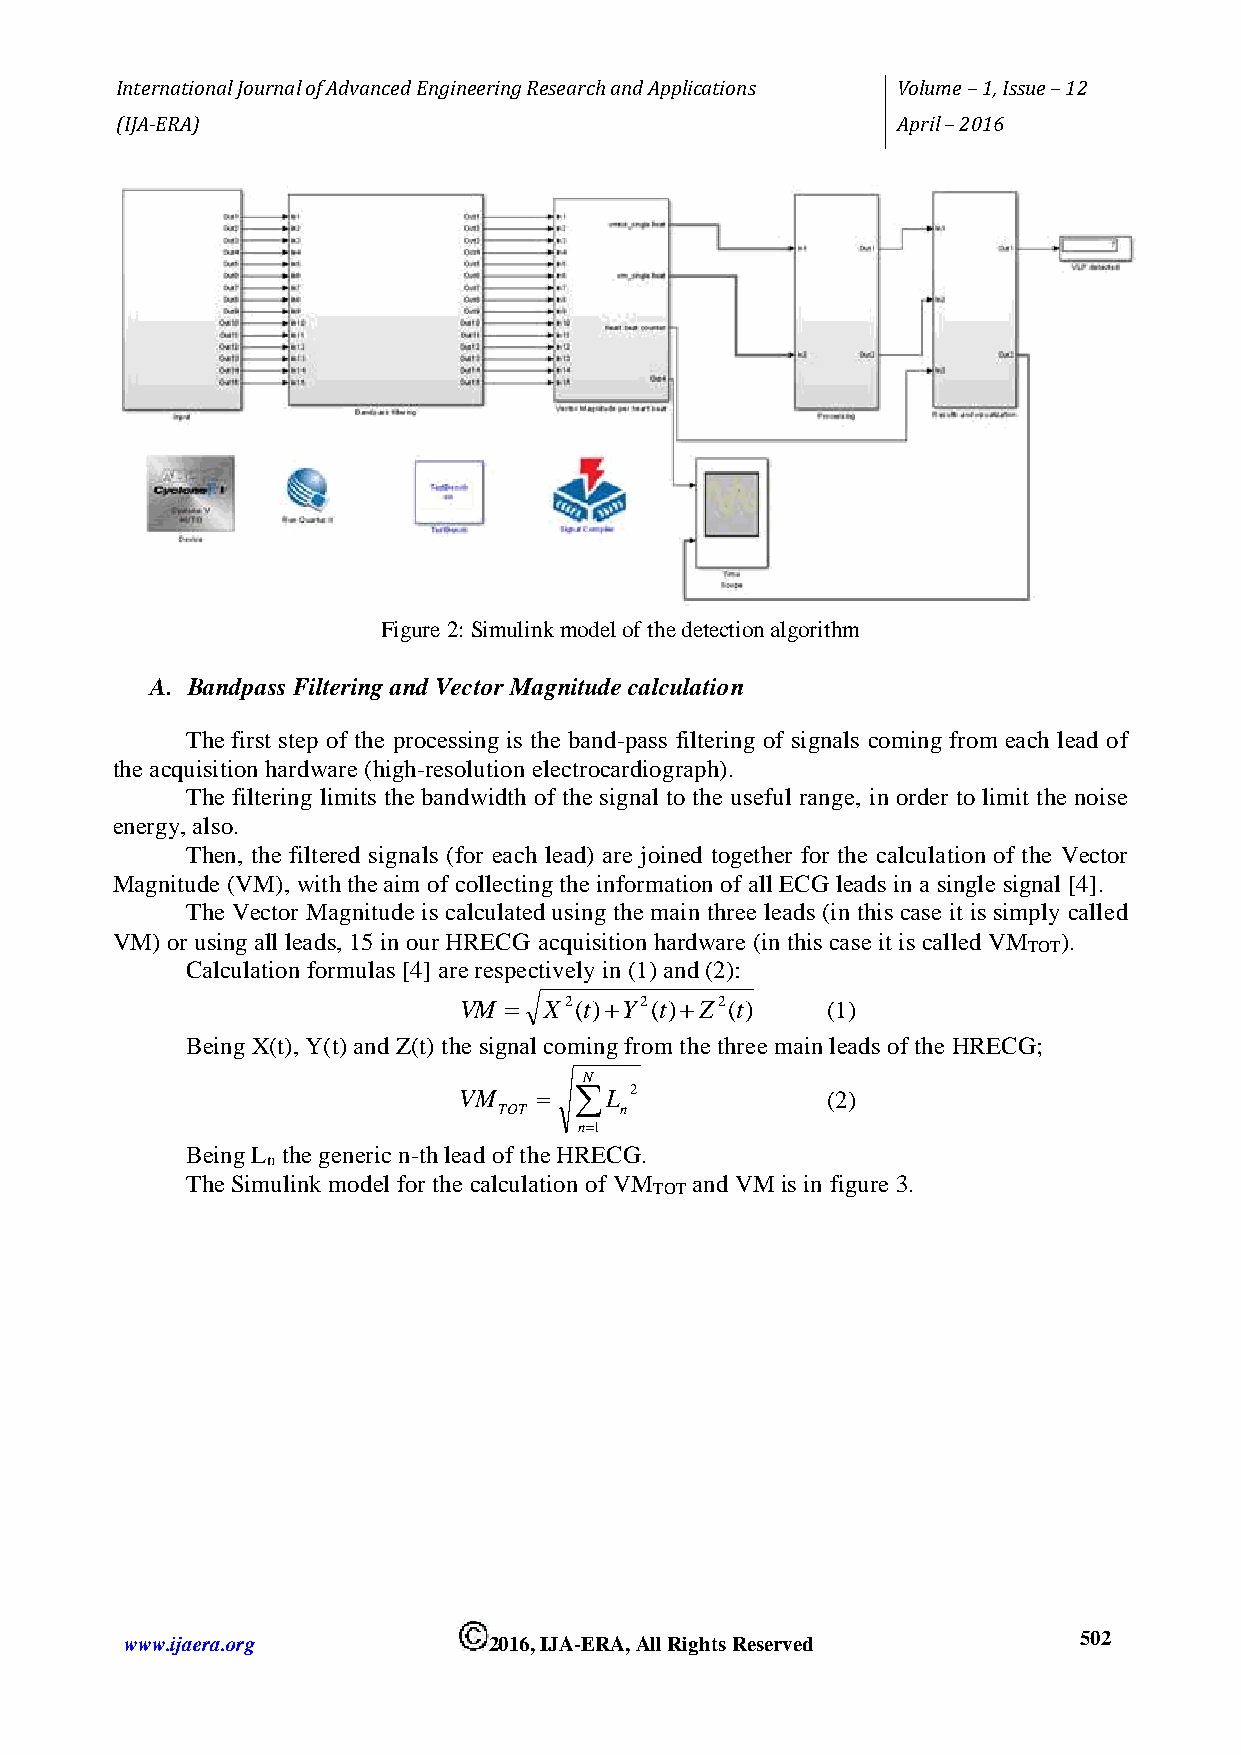
International Journal of Advanced Engineering Research and Applications Volume – 1, Issue – 12
 (IJA-ERA)                                          April – 2016
 Figure 2: Simulink model of the detection algorithm
 A. Bandpass Filtering and Vector Magnitude calculation
 The first step of the processing is the band-pass filtering of signals coming from each lead of
 the acquisition hardware (high-resolution electrocardiograph).
 The filtering limits the bandwidth of the signal to the useful range, in order to limit the noise
 energy, also.
 Then, the filtered signals (for each lead) are joined together for the calculation of the Vector
 Magnitude (VM), with the aim of collecting the information of all ECG leads in a single signal [4].
 The Vector Magnitude is calculated using the main three leads (in this case it is simply called
 VM) or using all leads, 15 in our HRECG acquisition hardware (in this case it is called VM ).
 TOT
 Calculation formulas [4] are respectively in (1) and (2):
 VM   X2(t)Y2(t)Z2(t)  (1)
 Being X(t), Y(t) and Z(t) the signal coming from the three main leads of the HRECG;
 N
 VM     L  2            (2)
 TOT     n
 n1
 Being L the generic n-th lead of the HRECG.
 n
 The Simulink model for the calculation of VM and VM is in figure 3.
 TOT
 www.ijaera.org          2016, IJA-ERA, All Rights Reserved     5 0 2